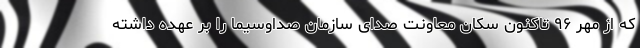
که از مهر ۹۶ تاکنون سکان معاونت صدای سازمان صداوسیما را بر عهده داشته